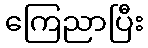
ကြေညာပြီး